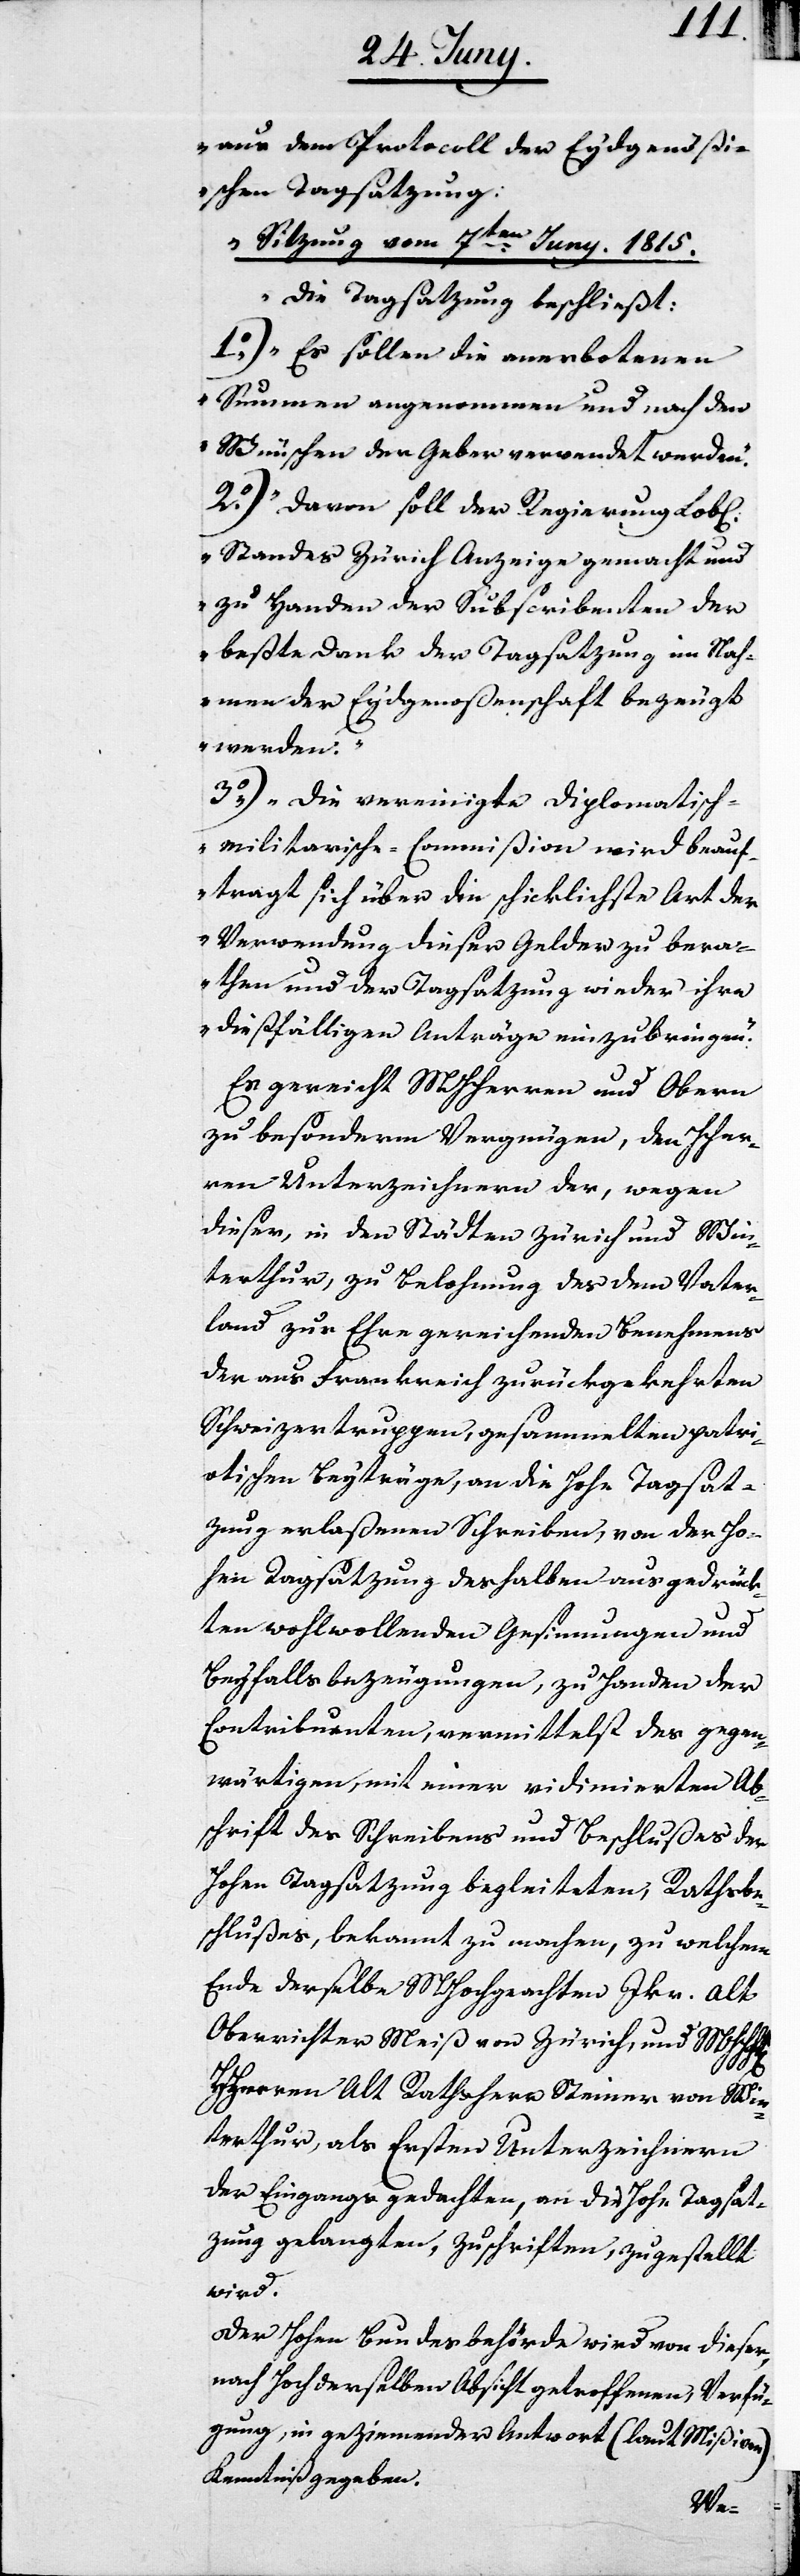
aus dem Protocoll der Eydgenößi¬
schen Tagsatzung:
Sitzung vom 7ten Juny. 1815.
Die Tagsatzung beschließt:
1o) Es sollen die anerbotenen
Summen angenommen und nach den
Wünschen der Geber verwendet werden.
2o) Davon soll der Regierung
Standes Zürich Anzeige gemacht und
zu Handen der Subscribenten der
beßte Dank der Tagsatzung im Nah¬
men der Eydgenoßenschaft bezeugt
werden.
3.) Die vereinigte Diplomatisc¬
h-militarische-Commißion wird beauf¬
tragt sich über die schicklichste Art der
Verwendung dieser Gelder zu bera¬
then und der Tagsatzung wieder ihre
dießfälligen Anträge einzubringen.“
Es gereicht MHHerren und Obern
zu besonderm Vergnügen, den HHer¬
ren Unterzeichnern der, wegen
dieser, in den Städten Zürich und Win¬
terthur, zu Belohnung des dem Vater¬
land zur Ehre gereichenden Benehmens
der aus Frankreich zurückgekehrten
Schweizertruppen, gesammelten patri¬
otischen Beyträge, an die Hohe Tagsat¬
zung erlaßenen Schreiben, von der Ho¬
hen Tagsatzung deshalben ausgedrück¬
ten wohlwollenden Gesinnungen und
Beyfallsbezeugungen, zu Handen der
Contribuenten, vermittelst des gegen¬
wärtigen, mit einer vidimierten Ab¬
schrift des Schreibens und Beschlußes der
Hohen Tagsatzung begleiteten, Rathsbe¬
schlußes, bekannt zu machen, zu welchem
Ende derselbe MHochgeachten Jkr. alt
Oberrichter Meiß von Zürich, und MHch[en]
HHerren Alt Rathsherr Steiner von Win¬
terthur, als Ersten Unterzeichnern
der Eingangs gedachten, an die Hohe Tagsat¬
zung gelangten, Zuschriften, zugestellt
wird.
Der Hohen Bundesbehörde wird von dieser,
nach Hochderselben Absicht getroffenen Verfü¬
gung, in geziemender Antwort (laut Mißiven)
Kenntniß gegeben.